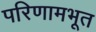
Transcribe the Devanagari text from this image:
परिणामभूत